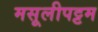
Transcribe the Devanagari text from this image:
मसूलीपट्टम